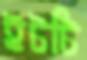
ইটটি